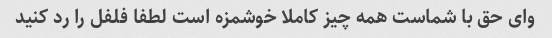
وای حق با شماست همه چیز کاملا خوشمزه است لطفا فلفل را رد کنید